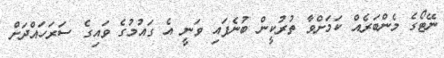
ނޭޓޯގެ މެންބަރެއް ކަމަށްވާ ތުރުކީން ބުނެފައި ވަނީ އެ ގައުމުގެ ވައިގެ ސަރަހައްދަށް